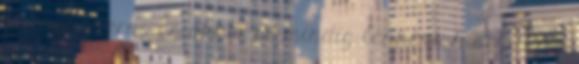
könnyű elérni. És akkor se mindig lennénk kisegítve a